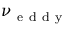
\nu _ { \mathrm { ~ e ~ d ~ d ~ y ~ } }